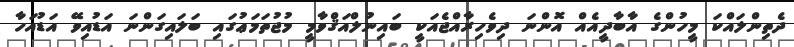
ދެތިންލައްކަ މީހުންގެ އާބާދީއެއް އޮންނަ ދިވެހިރާއްޖެއަކީ ބައިނުލްއަޤްވާމީ މުޖުތަމަޢުގައި ބަލައިގަންނަ އަޑުއިވޭ އަޑުއަހާ